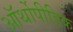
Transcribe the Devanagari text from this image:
ऑर्थोपीडिक